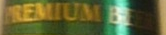
PREMIUM BEE